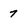
Character: 7